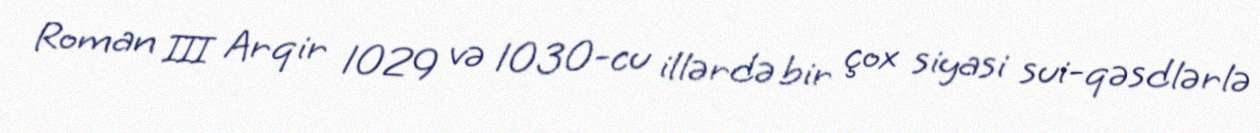
Roman III Arqir 1029 və 1030-cu illərdə bir çox siyasi sui-qəsdlərlə